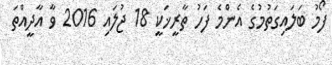
ފޯމު ބަލައިގަތުމުގެ އެންމެ ފަހު ތާރީޚަކީ 18 ޖުލައި 2016 ވާ އާދީއްތަ